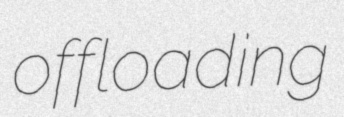
offloading